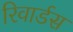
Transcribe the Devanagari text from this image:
रिवार्डस